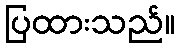
ပြထားသည်။